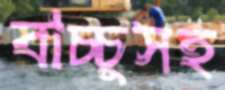
বাচ্চুসহ